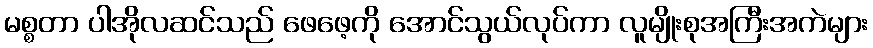
မစ္စတာ ပါအိုလဆင်သည် ဖေဖေ့ကို အောင်သွယ်လုပ်ကာ လူမျိုးစုအကြီးအကဲများ